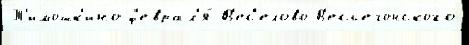
Т'имошк'ино ф'еврал'я́ В'ес'елово В'есьегонского